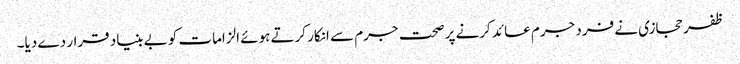
ظفر حجازی نے فرد جرم عائد کرنے پر صحت جرم سے انکار کرتے ہوئے الزامات کو بے بنیاد قرار دے دیا۔